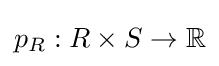
p_{R}:R\times S\to \mathbb {R}